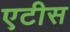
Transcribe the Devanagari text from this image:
एटीस